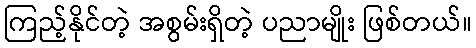
ကြည့်နိုင်တဲ့ အစွမ်းရှိတဲ့ ပညာမျိုး ဖြစ်တယ်။